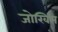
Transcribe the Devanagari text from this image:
जोखिम